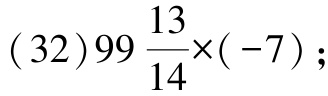
\((32)99\frac{13}{14}\times(-7);\)